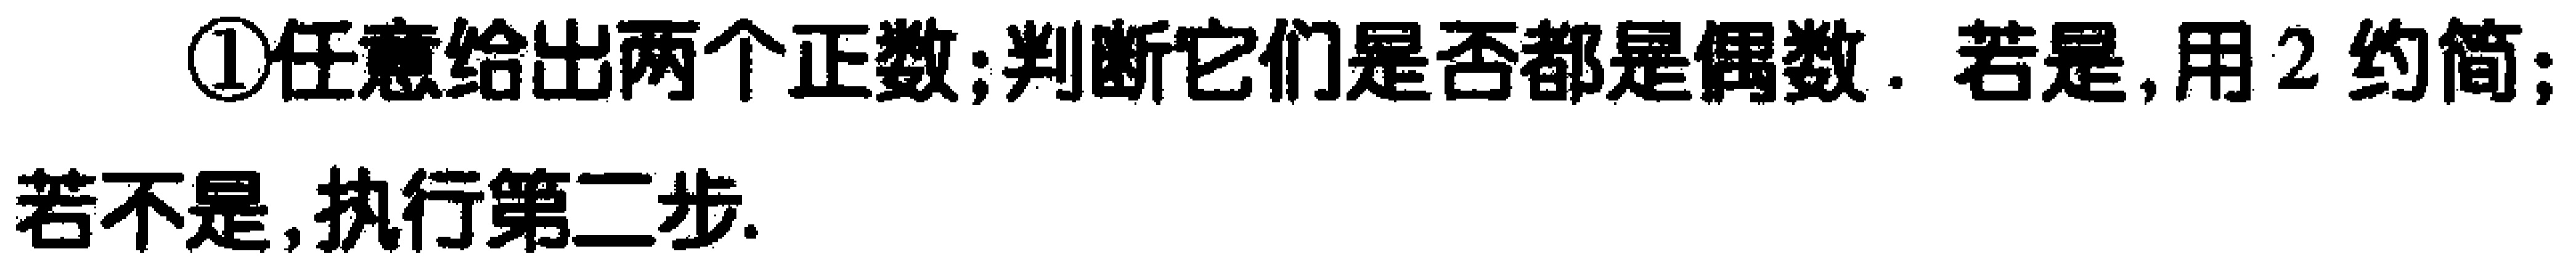
\textcircled{1}任意给出两个正数；判断它们是否都是偶数. 若是, 用2约简；若不是, 执行第二步.